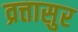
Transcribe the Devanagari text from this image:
व्रत्तासुर